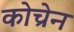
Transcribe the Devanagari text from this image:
कोच्रेन